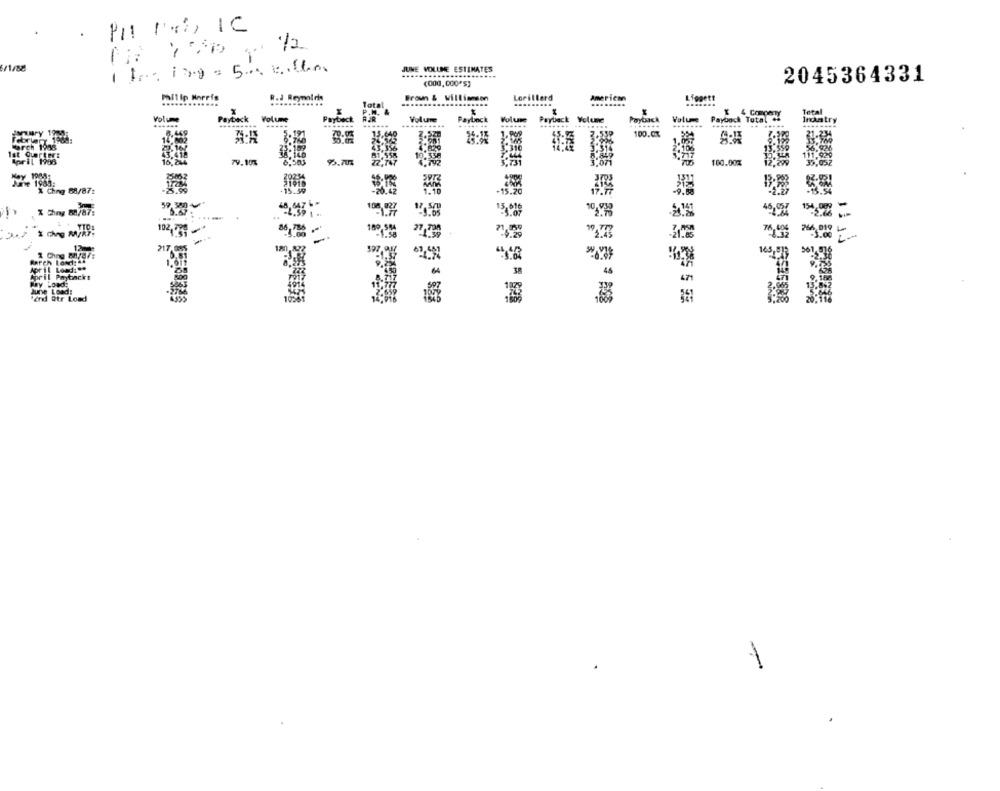
Pit Na IC
JUNE VOLUME ESTIMATES
2045364331
(000,000'S)
Philip Morris
R.J Reynolds
Brown & Villiansen
Liggett
Total
P.D.
4 CORperTy
Intal
Volume
Payback
Volume
Payback
FUR
Volure
Payback
FOLUR
Payback Volume
Paytack
Volume
Payback Total +s
Instry
....
....
........
......
100.00%
52ª
106
79. 10%
93.70%
100.00%
9 88/87:
-15.20
% thing 88787:
....
15,00
102,39 -
18 884
11 15
12me
217
Rarch Losdist
2 Chng Bh/a/:
38
48
47
Fond atr Load